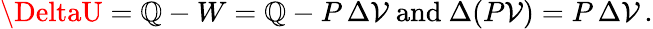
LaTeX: \DeltaU=\mathbb{Q}-W=\mathbb{Q}-P\, \Delta\mathcal{V}{\mathrm{{~and~}}}\Delta(P\mathcal{V})=P\, \Delta\mathcal{V}\, .